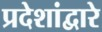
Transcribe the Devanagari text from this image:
प्रदेशांद्वारे